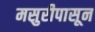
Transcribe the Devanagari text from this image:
मसुरीपासून